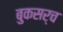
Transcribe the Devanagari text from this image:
बुकसर्च